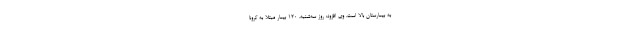
به بیمارستان بالا است. وی افزود: روز سه‌شنبه، ۱۲۰ بیمار مبتلا به کرونا